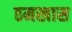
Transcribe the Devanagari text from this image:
ठमखास